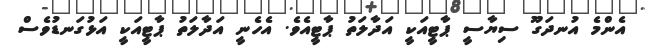
އެންމެ އުނދަގޫ ސިޔާސީ ޕާޓީއަކީ އަދާލަތު ޕާޓީއެވެ. އެހެނީ އަދާލަތު ޕާޓީއަކީ އަޅުގަނޑުވެސް